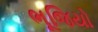
ભૂજિયો